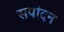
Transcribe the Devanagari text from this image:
सपांदन